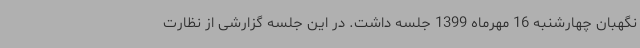
نگهبان چهارشنبه 16 مهرماه 1399 جلسه داشت. در این جلسه گزارشی از نظارت